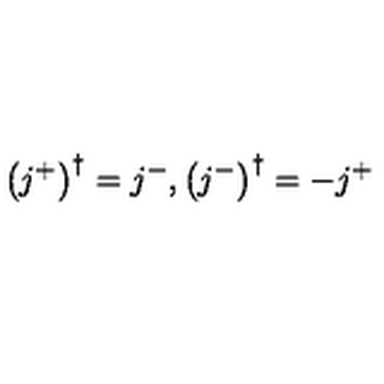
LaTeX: \left( j ^ { + } \right) ^ { \dagger } = j ^ { - } , \left( j ^ { - } \right) ^ { \dagger } = - j ^ { + }